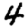
Digit: 4